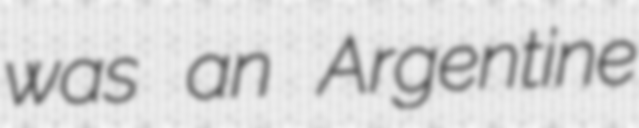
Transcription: was an Argentine